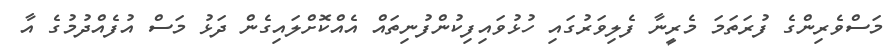
މަސްވެރިންގެ ފުރަތަަމަ މެރީނާ ފެލިވަރުގައި ހުޅުވައިފިކުންފުނިތައް އެއްކޮށްލައިގެން ދަޅު މަސް އުފެއްދުމުގެ އާ